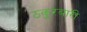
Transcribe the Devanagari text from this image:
ठकुरबारी